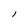
Character: l